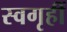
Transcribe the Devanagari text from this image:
स्वगृहीं